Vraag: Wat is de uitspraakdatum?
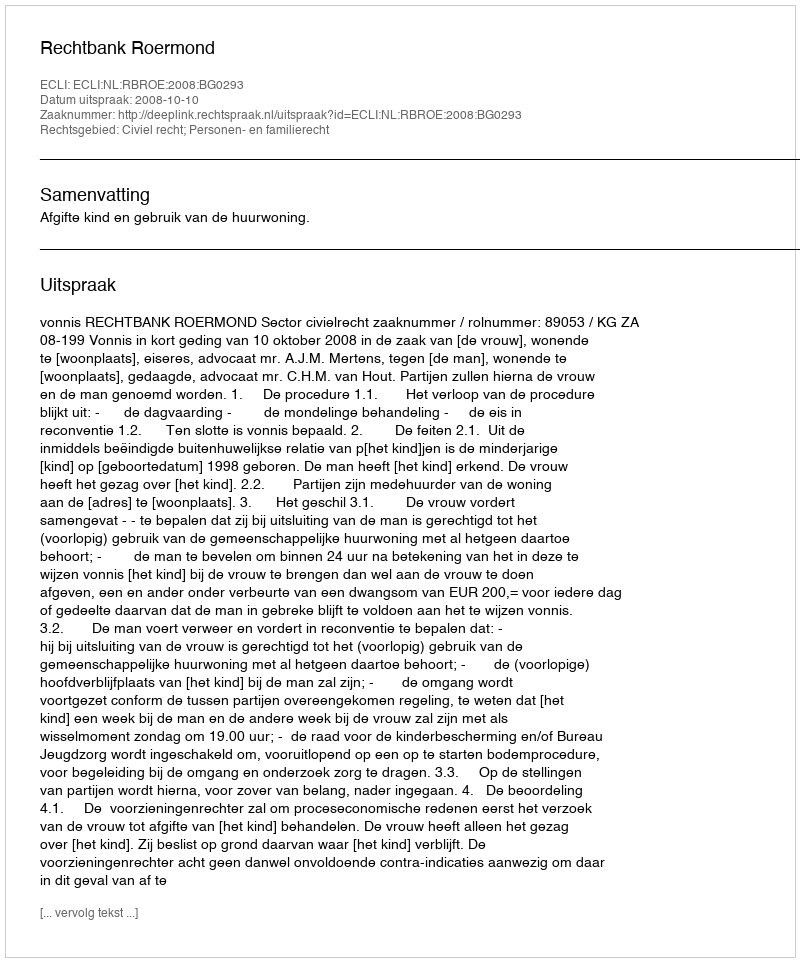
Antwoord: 2008-10-10